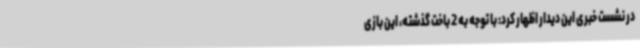
در نشست خبری این دیدار اظهار کرد: با توجه به 2 باخت گذشته، این بازی